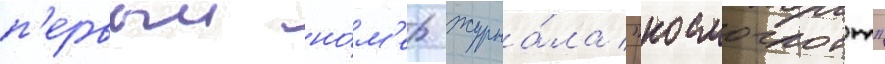
п'ервыи но́м'ер журна́ла "космоглотт"